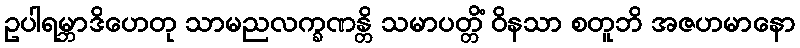
ဥပါရမ္ဘာဒိဟေတု သာမညလက္ခဏန္တိ သမာပတ္တိံ ဝိနသာ စတူဘိ အဇဟမာနော